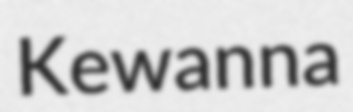
Kewanna